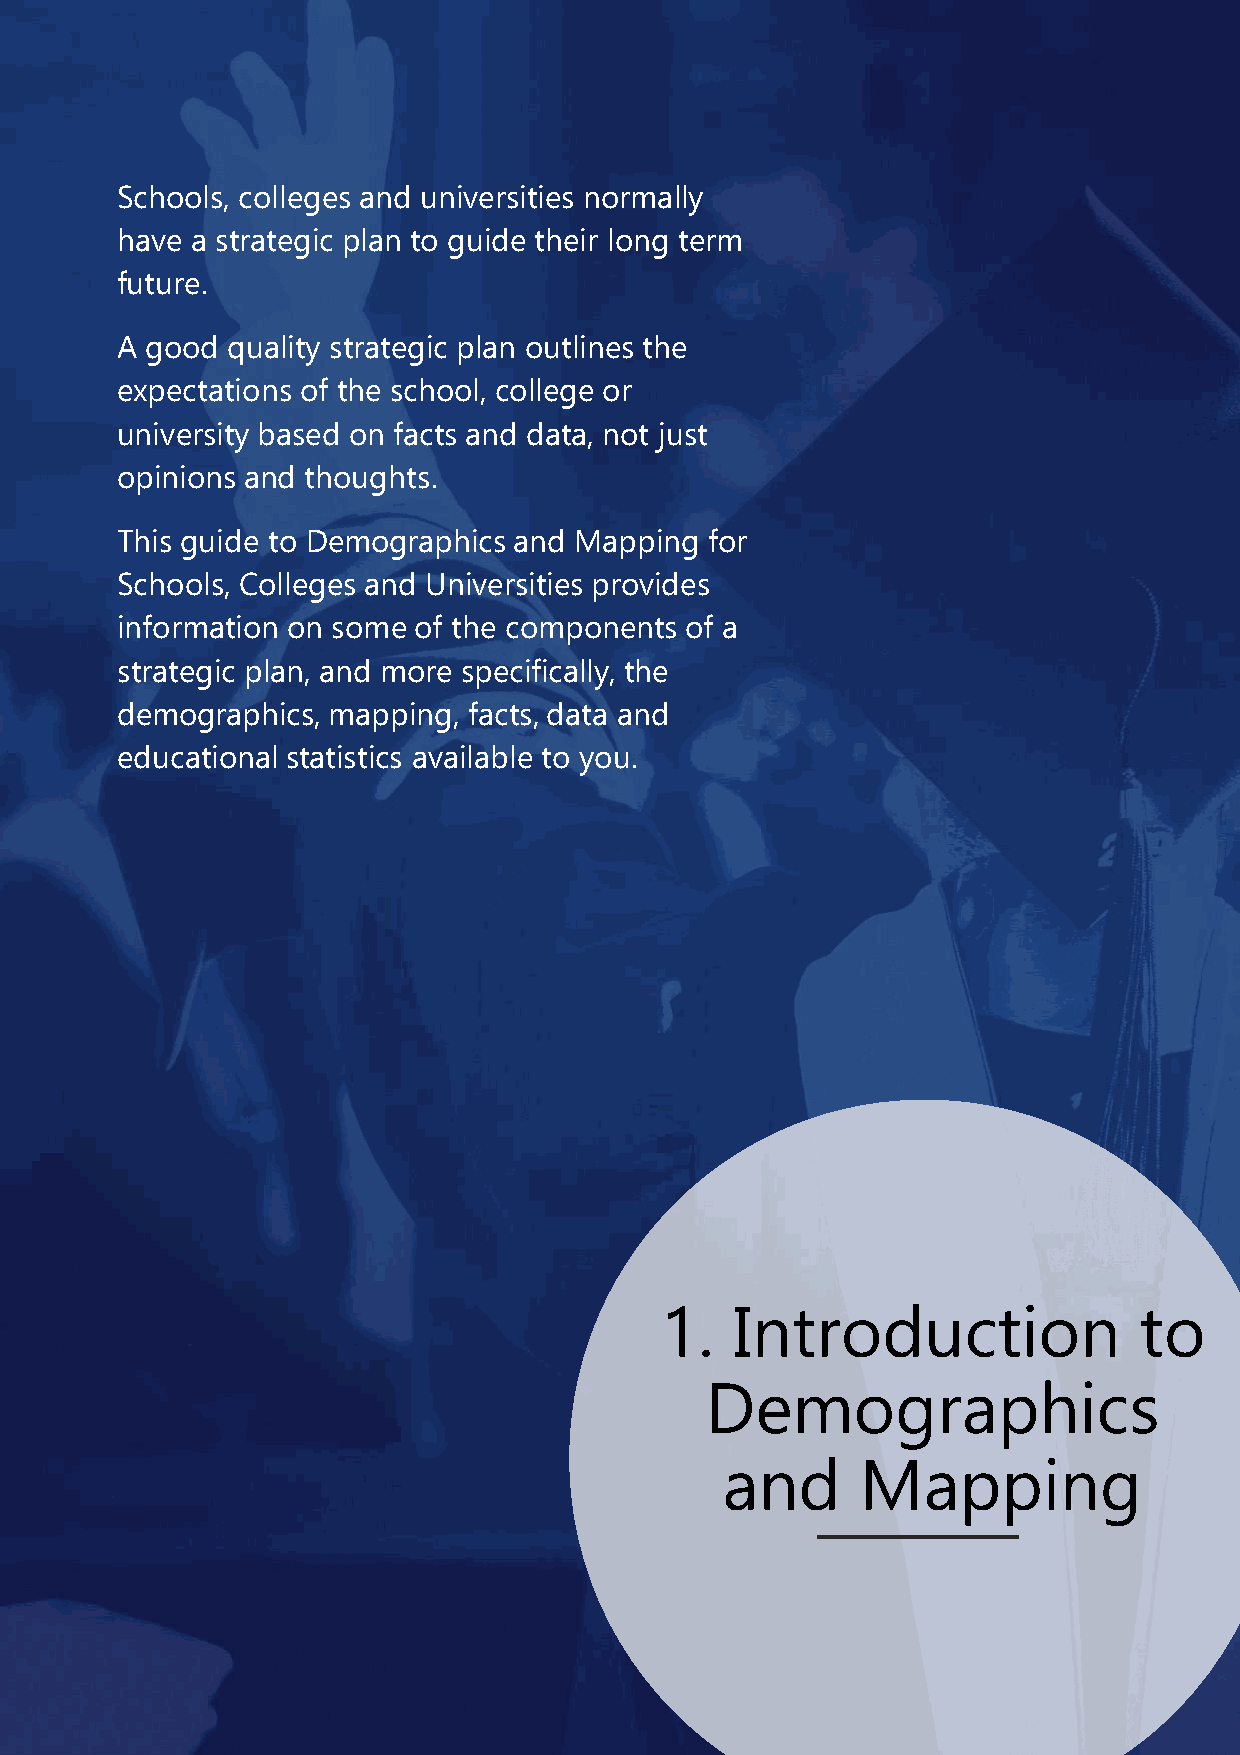
Schools, colleges and universities normally
 have a strategic plan to guide their long term
 future.
 A good quality strategic plan outlines the
 expectations of the school, college or
 university based on facts and data, not just
 opinions and thoughts.
 This guide to Demographics and Mapping for
 Schools, Colleges and Universities provides
 information on some of the components of a
 strategic plan, and more specifically, the
 demographics, mapping, facts, data and
 educational statistics available to you.
 1.   Introduction              to
 Demographics
 and      Mapping